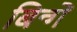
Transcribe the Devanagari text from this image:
बिन्गें